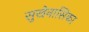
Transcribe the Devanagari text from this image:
सुखेनासिका